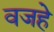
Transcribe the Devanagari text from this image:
वजहे